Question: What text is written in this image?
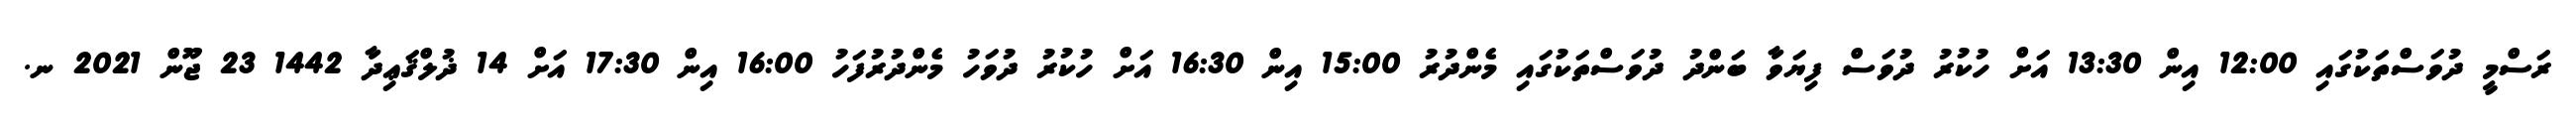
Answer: ރަސްމީ ދުވަސްތަކުގައި 12:00 އިން 13:30 އަށް ހުކުރު ދުވަސް ފިޔަވާ ބަންދު ދުވަސްތަކުގައި މެންދުރު 15:00 އިން 16:30 އަށް ހުކުރު ދުވަހު މެންދުރުފަހު 16:00 އިން 17:30 އަށް 14 ޛުލްޤަޢިދާ 1442 23 ޖޫން 2021 ނ.